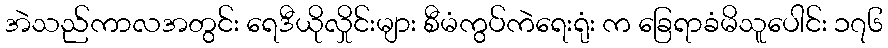
အဲသည်ကာလအတွင်း ရေဒီယိုလှိုင်းများ စီမံကွပ်ကဲရေးရုံး က ခြေရာခံမိသူပေါင်း ၁၇၆